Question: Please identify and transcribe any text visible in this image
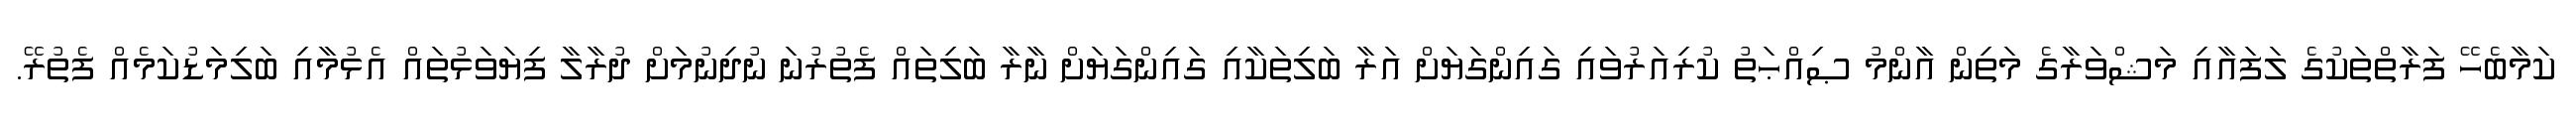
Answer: ކަމާބެހޭ ފަރާތްތަކުގެ ލަފައާއި މަޝްވަރާގެ މަތިން އާންމު ޞިއްޙަތު ކުރިއަރުވައި ގައިންގަޔަށް އަރާ ބަލިތަކާއި ގައިންގަޔަށް ނާރާ ބަލިތައް ފެތުރުނަ ނުދިނުމަށް ދުރާލާ ފިޔަވަޅުތައް އެޅުމާއި ބަލިމަޑުކަމެއް ފެތުރޭ.